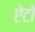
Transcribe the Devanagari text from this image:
ऐटो